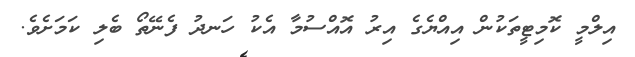
އިލްމީ ކޮމިޓީތަކުން އިއްޔެގެ އިރު އޮއްސުމާ އެކު ހަނދު ފެނޭތޯ ބެލި ކަމަށެވެ.